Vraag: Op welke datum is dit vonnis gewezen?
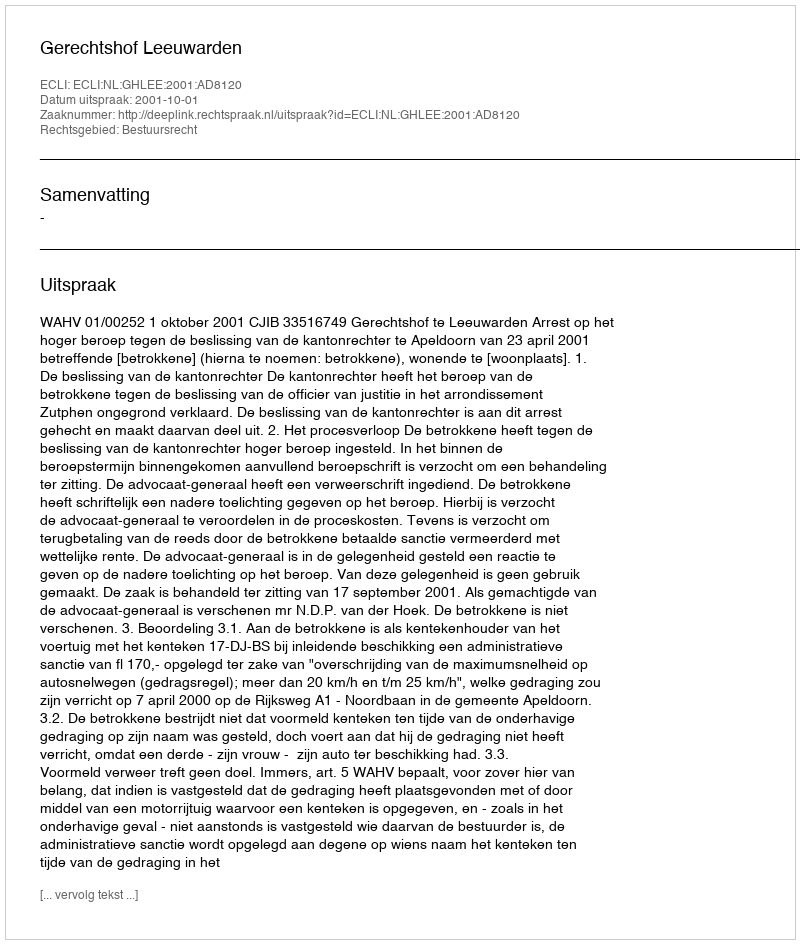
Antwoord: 2001-10-01